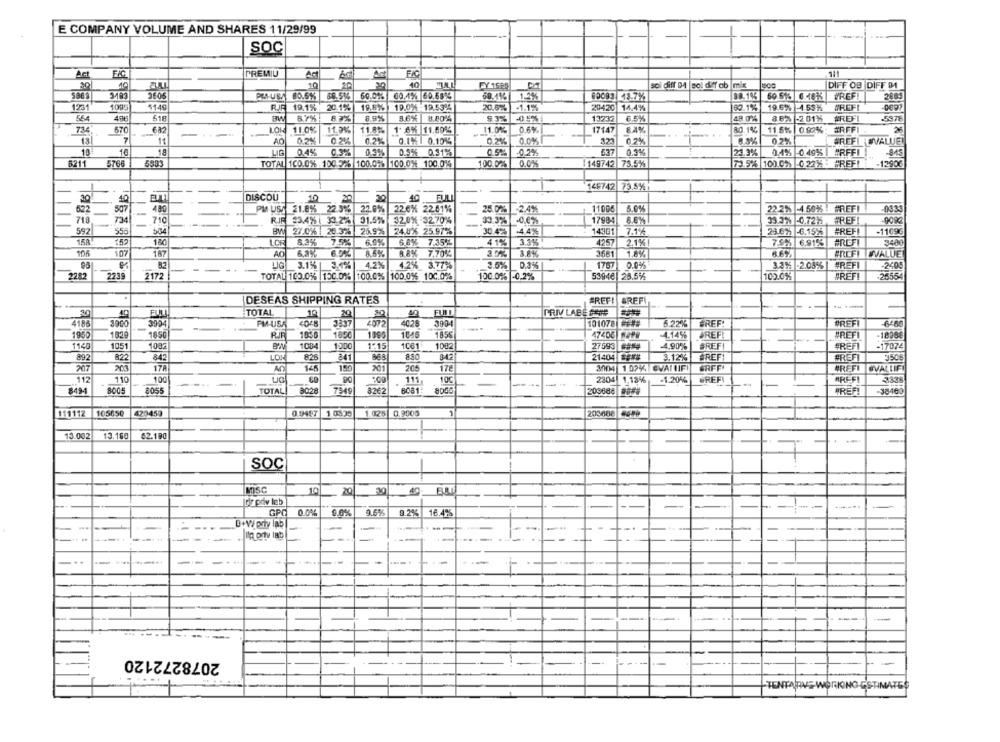
E COMPANY VOLUME AND SHARES 11/29/99
SOC
Act
PREMIU
FIC
Ac]
10
10
10
sol diff DA |soi diff ob mix
DIFF OB DIFF 91
3483
PAS-USA 00.5% 88.513
60.0%% 00.4% 60.68%
68.416 1.2%
00083 13.7%
VREF!
2885
1231
1005
5149
RJR 19.1% : 20.1%
19.8%% ) 19.0% - 19.5395
20.67%
-1.1%
2047C
14,4%%
80.1%
19.6% -1 59%
OREFI
4115
518
FM
8 7%
8.9%
8.80%
93%
-0.5%
13232
65%
48 0%
86%
-2 01%
#REF
-5978
734
670
682
LO
110%
11.9%
11.8%
1. 6% |11.69%
11.0%
0.6%
17147
8.4%
80,1%
11.5% |082% #RFF|
13
11
AG
02%
0.2%
0.2%
0.1%1 0.1013
0.2%
0.2%
02%
#REF ISVALUE
10
10
18
LIG
0.4%
0.9%
0.3%
0.9% 0.31%
0.5%
-0.2%
537
0.3%
23.3%
0.4% -0.49% | #RFFI!
-945
6211
5766
TOTAL 100.0% 100 526 100.0% 100.0% 100.0%
100.02%
0.0%
149742 75.5%
73.9% 100.0%: 0 22% - #REF!
-12906
146742 73.5%
30
40
DISCOU
10
10
FULL
522
507
PM-USS 21.8% 22.5% 22.0% 22.6% 22.61%
25.0%
-2.4%
11006
5.0%
22.2% -4 50%6 | #REFI
-0333
480
73
710
RJF 3.4% | 33.2%
31.5%
32.8% -3270%
33.3%
17984
8.8%
33.3% -0.72} #REFI
-9090
55
BW 27.0% | 26.3%
26.9%
24.8% 25.97%
30.42%
.4.4%%
14301
7.1%
23.695 -6.15%
#REFI
-1169G
592
504
180
LOR
8.2%
7.5%
6.0%
6.8% 7.35%
41%
3.3%
4257
2.1%
7.5% 6.91%
#ROF
3400
104
107
167
8.6%
8.8% 7.70%
3681
1.8%
BREFI
TEVALUE
3.1%
4.2%
4.2% 3.77%
2.5%
0.3%
1757
0.0%
3.3%5 -2.08%
#REFI
-2405
2282
2172
-----
102.095
-2655
2239
TOTAL 100.0% |150.0%
100.0% 100.0% 100.0%
100.0% -0,2%
53946 28.5%
BREFI
DESEAS SHIPPING RATES
BREF!
BREF
TOTAL
10
PRIV LABE ASTE
20
4186
3000
3994
FM-USA
<0-8
3837
4072
4028
2004
101078 ####
5.22%
BREF
6469
1950
182
1850
1850
1895
1045
1855
47406 SAP9
-4.14%
BREF
-18968
1856
#REFI
1140
1051
1032
1084
100
1:15
1061
1082
27593
4,90%
BREF
FREFI
-17074
892
822
842
LOW
8:26
868
880
21404 *** #
3.12%
BREF
#REFI
3506
207
201
17A
An
145
150
201
205
178
3004 1.99% EVAI UFI
EVALLIFT
112
110
100
111
100
2304 1.18%
BREF
MRLE-FI
3338
--
-1.20%
8494
8005
8055
TOTAL
0028
7549
8262
6081:
8000
209688 ####
"REF!
-38400
111112
105650
420459
0.9497
1.0935
1.025
0,9000
203688
13.002 13.160
62.190
T
SOC
MISC
10
40
Idir priv leb
OPC
0.0%
9.5%%
9.20%
16.4%
-
-
...
--
-------
2078272120
TENTARVE WORKING ESTIMATES